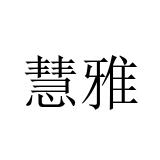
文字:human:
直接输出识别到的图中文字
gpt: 慧雅